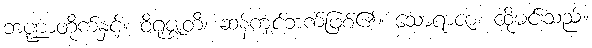
ဘဏ္ဍာတိုက်နှင့်။ ဝိရုဇ္ဈတိ၊ ဆန့်ကျင်ဘက်ဖြစ်၏။ သောရာဇာ၊ ထိုမင်းသည်။